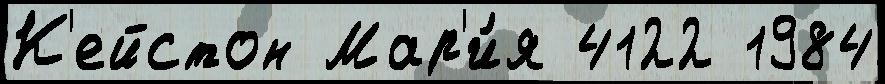
К'ейстон Мар'и́я 4122 1984